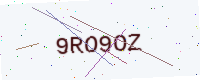
Text: 9RO9OZ